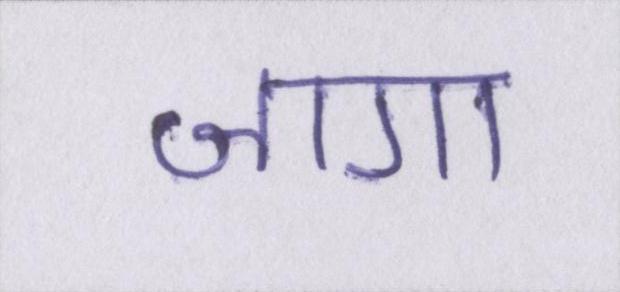
जागा